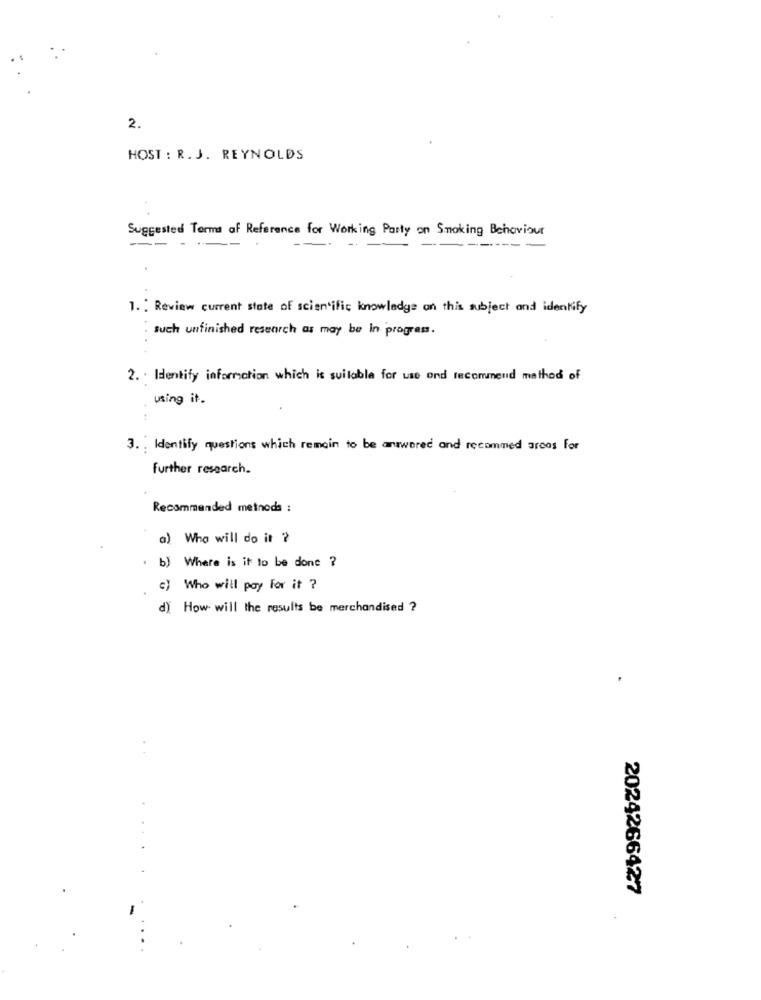
2.
HOST : R. J. REYNOLDS
Suggested Terms of Reference for Working Party on Smoking Behaviour
-----
1. : Review current state of scientific knowledge on this subject and identify
such unfinished research as may be in progress.
2. . Identify information which is suitable for use ond recommend method of
using it.
3. ; Identify questions which remain to be answered and recommed arcas for
Further research.
Recommended methods :
a) Who will do it ?
b) Where is it to be done ?
c) Who will pay for it ?
d) How will the results be merchandised ?
2024266427